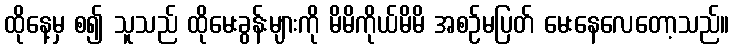
ထိုနေ့မှ စ၍ သူသည် ထိုမေးခွန်းများကို မိမိကိုယ်မိမိ အစဉ်မပြတ် မေးနေလေတော့သည်။